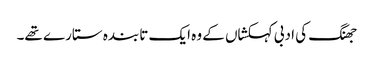
جھنگ کی ادبی کہکشاں کے وہ ایک تابندہ ستارے تھے۔